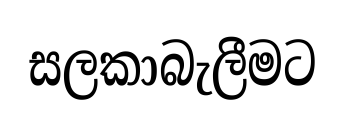
සලකාබැලීමට